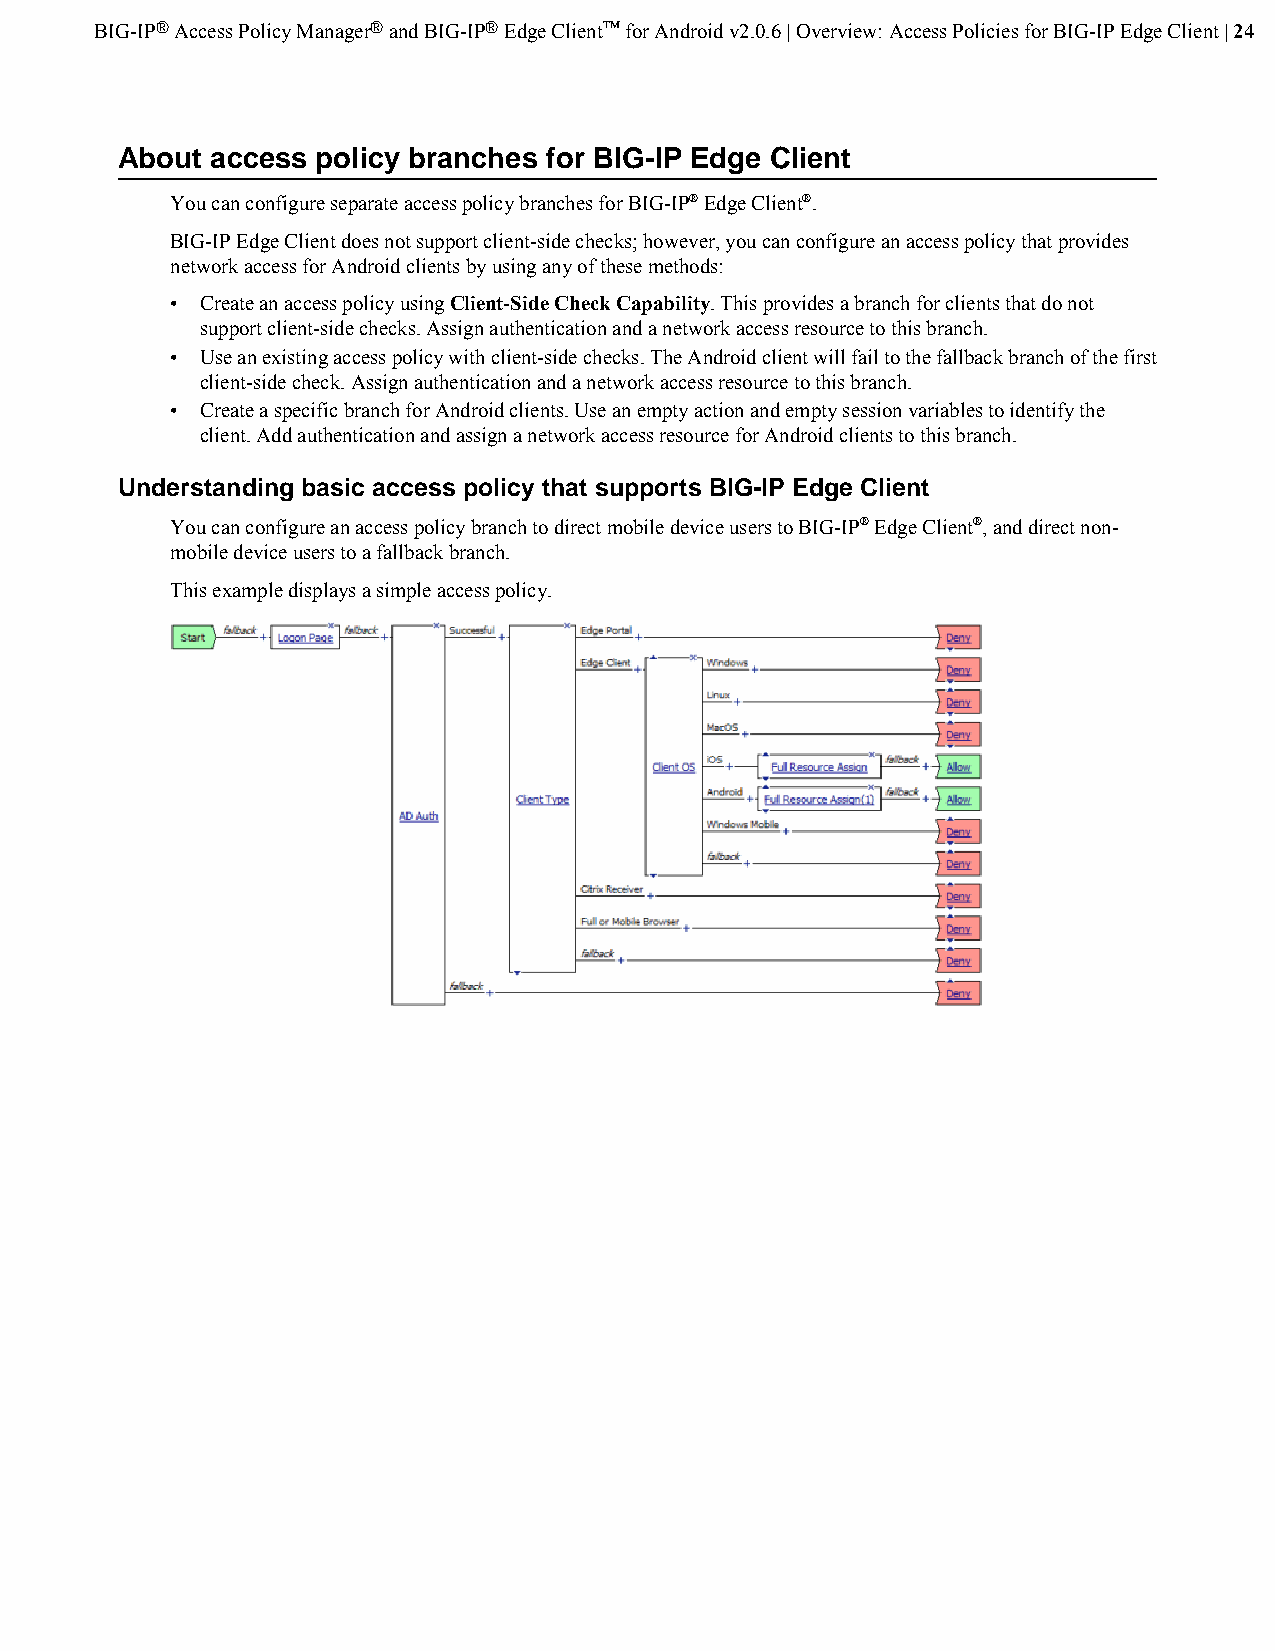
BIG-IP® Access Policy Manager® and BIG-IP® Edge Client™ for Android v2.0.6 | Overview: Access Policies for BIG-IP Edge Client | 24
 About access policy branches for BIG-IP Edge Client
 You can configure separate access policy branches for BIG-IP® Edge Client®.
 BIG-IP Edge Client does not support client-side checks; however, you can configure an access policy that provides
 network access for Android clients by using any of these methods:
 • Create an access policy using Client-Side Check Capability. This provides a branch for clients that do not
 support client-side checks. Assign authentication and a network access resource to this branch.
 • Use an existing access policy with client-side checks. The Android client will fail to the fallback branch of the first
 client-side check. Assign authentication and a network access resource to this branch.
 • Create a specific branch for Android clients. Use an empty action and empty session variables to identify the
 client. Add authentication and assign a network access resource for Android clients to this branch.
 Understanding basic access policy that supports BIG-IP Edge Client
 You can configure an access policy branch to direct mobile device users to BIG-IP® Edge Client®, and direct non-
 mobile device users to a fallback branch.
 This example displays a simple access policy.